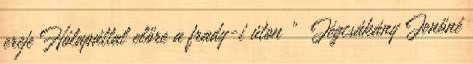
ereje Hólapáttal előre a frady-i úton ” Jégcsákány Jenőné